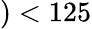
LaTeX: )<125